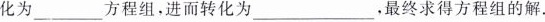
化为____方程组，进而转化为___，最终求得方程组的解。